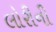
લોરીની